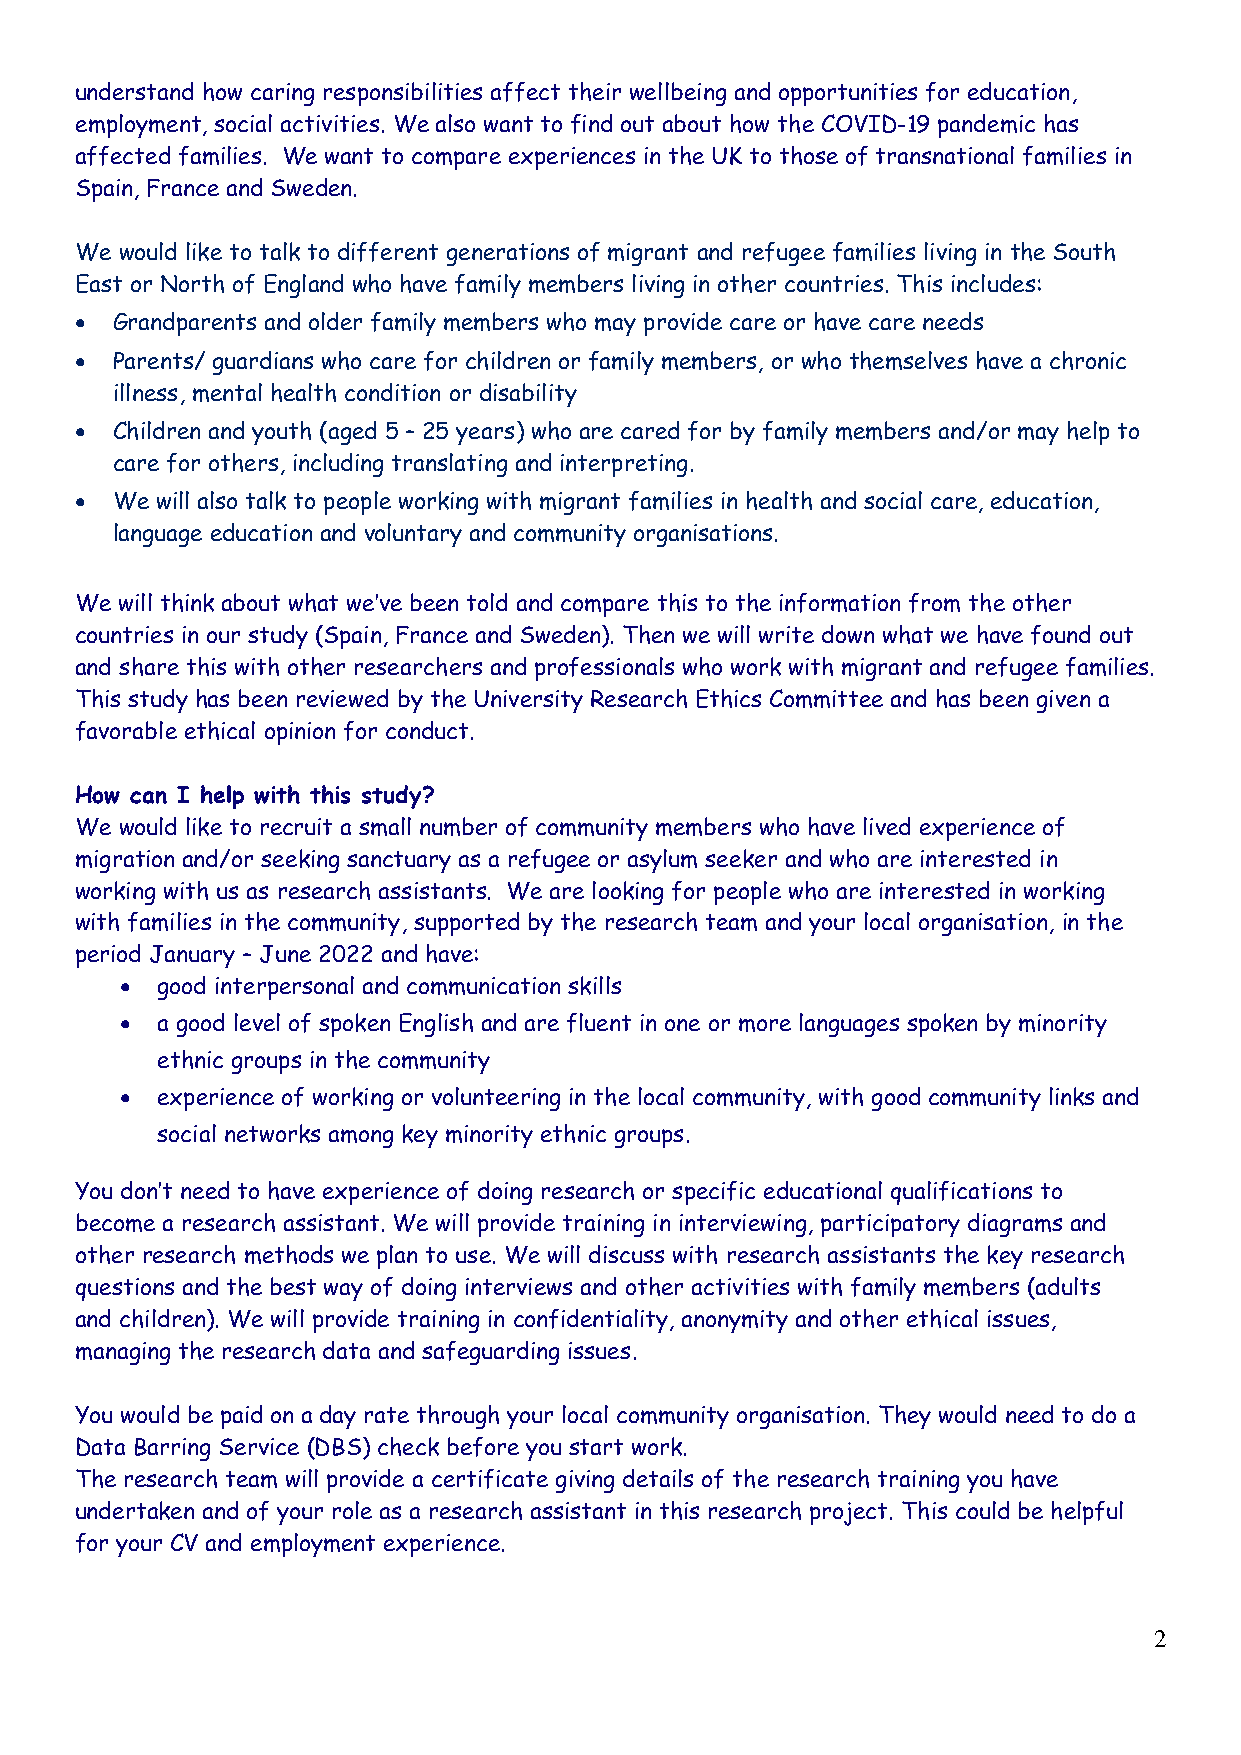
understand how caring responsibilities affect their wellbeing and opportunities for education,
 employment, social activities. We also want to find out about how the COVID-19 pandemic has
 affected families. We want to compare experiences in the UK to those of transnational families in
 Spain, France and Sweden.
 We would like to talk to different generations of migrant and refugee families living in the South
 East or North of England who have family members living in other countries. This includes:
 • Grandparents and older family members who may provide care or have care needs
 • Parents/ guardians who care for children or family members, or who themselves have a chronic
 illness, mental health condition or disability
 • Children and youth (aged 5 – 25 years) who are cared for by family members and/or may help to
 care for others, including translating and interpreting.
 • We will also talk to people working with migrant families in health and social care, education,
 language education and voluntary and community organisations.
 We will think about what we’ve been told and compare this to the information from the other
 countries in our study (Spain, France and Sweden). Then we will write down what we have found out
 and share this with other researchers and professionals who work with migrant and refugee families.
 This study has been reviewed by the University Research Ethics Committee and has been given a
 favorable ethical opinion for conduct.
 How can I help with this study?
 We would like to recruit a small number of community members who have lived experience of
 migration and/or seeking sanctuary as a refugee or asylum seeker and who are interested in
 working with us as research assistants. We are looking for people who are interested in working
 with families in the community, supported by the research team and your local organisation, in the
 period January – June 2022 and have:
 • good interpersonal and communication skills
 • a good level of spoken English and are fluent in one or more languages spoken by minority
 ethnic groups in the community
 • experience of working or volunteering in the local community, with good community links and
 social networks among key minority ethnic groups.
 You don’t need to have experience of doing research or specific educational qualifications to
 become a research assistant. We will provide training in interviewing, participatory diagrams and
 other research methods we plan to use. We will discuss with research assistants the key research
 questions and the best way of doing interviews and other activities with family members (adults
 and children). We will provide training in confidentiality, anonymity and other ethical issues,
 managing the research data and safeguarding issues.
 You would be paid on a day rate through your local community organisation. They would need to do a
 Data Barring Service (DBS) check before you start work.
 The research team will provide a certificate giving details of the research training you have
 undertaken and of your role as a research assistant in this research project. This could be helpful
 for your CV and employment experience.
 2